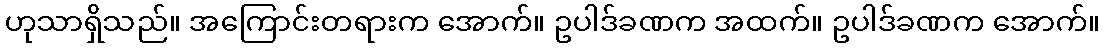
ဟုသာရှိသည်။ အကြောင်းတရားက အောက်။ ဥပါဒ်ခဏက အထက်။ ဥပါဒ်ခဏက အောက်။